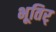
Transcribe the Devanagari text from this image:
भूतिर्